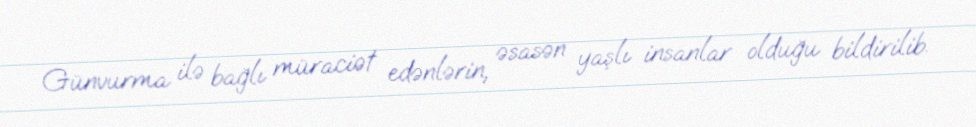
Günvurma ilə bağlı müraciət edənlərin, əsasən yaşlı insanlar olduğu bildirilib.